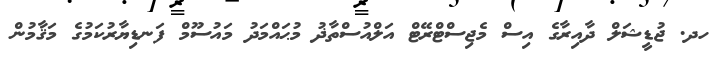
ހދ. ޖުޑީޝަލް ދާއިރާގެ އިސް މެޖިސްޓްރޭޓް އަލްއުސްތާޛު މުޙައްމަދު މައުސޫމް ފަނޑިޔާރުކަމުގެ މަޤާމުން